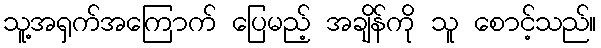
သူ့အရှက်အကြောက် ပြေမည့် အချိန်ကို သူ စောင့်သည်။